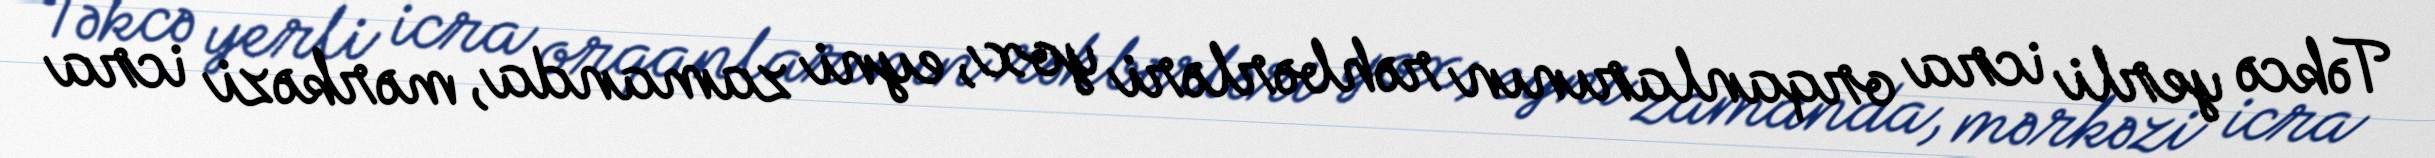
Təkcə yerli icra orqanlarının rəhbərləri yox, eyni zamanda, mərkəzi icra